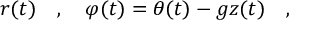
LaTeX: r ( t ) \ \ \ , \ \ \ \varphi ( t ) = \theta ( t ) - g z ( t ) \ \ \ ,